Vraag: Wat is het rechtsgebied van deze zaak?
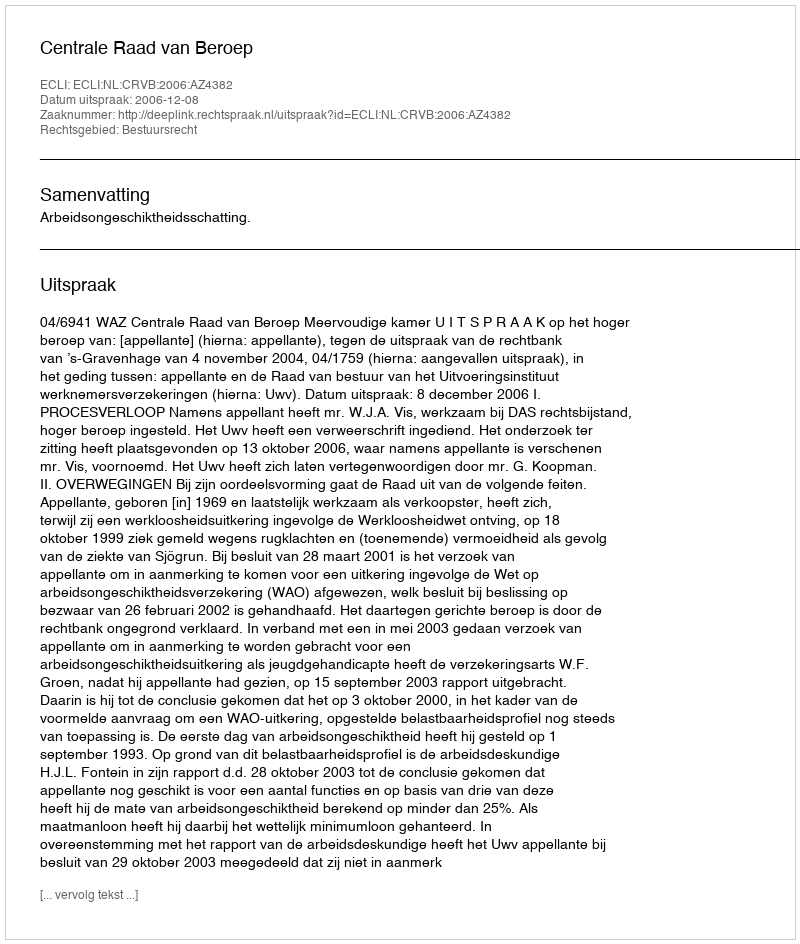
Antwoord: Bestuursrecht